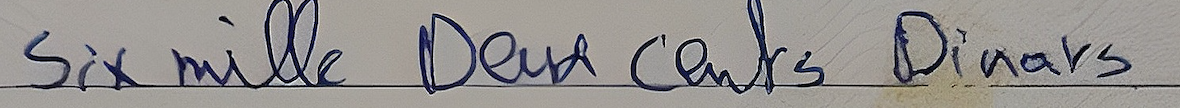
Six mille Deux cents Dinars